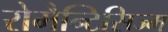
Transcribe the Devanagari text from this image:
रोमैन्टिसिज्म